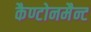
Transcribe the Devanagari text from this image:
कैण्टोनमैन्ट